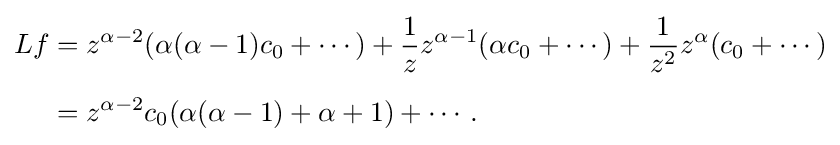
{\begin{aligned}Lf&=z^{\alpha -2}(\alpha (\alpha -1)c_{0}+\cdots )+{\frac {1}{z}}z^{\alpha -1}(\alpha c_{0}+\cdots )+{\frac {1}{z^{2}}}z^{\alpha }(c_{0}+\cdots )\\[5pt]&=z^{\alpha -2}c_{0}(\alpha (\alpha -1)+\alpha +1)+\cdots .\end{aligned}}